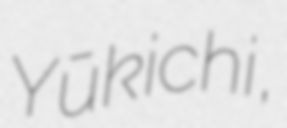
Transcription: Yūkichi,